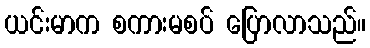
ယင်းမာက စကားမစပ် ပြောလာသည်။